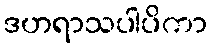
ဒဟရာသပါပိကာ